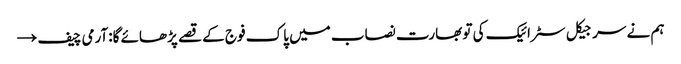
ہم نے سرجیکل سٹرائیک کی تو بھارت نصاب میں پاک فوج کے قصے پڑھائے گا:آرمی چیف →